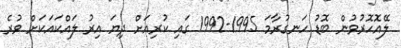
ލޭއޮހޮރުވުން ބޮޑު ހަނގުރާމަ 1995-1992 ގައި ކުރިއަށް ދިޔަ އިރު ލައްކައަކަށް ވުރެ